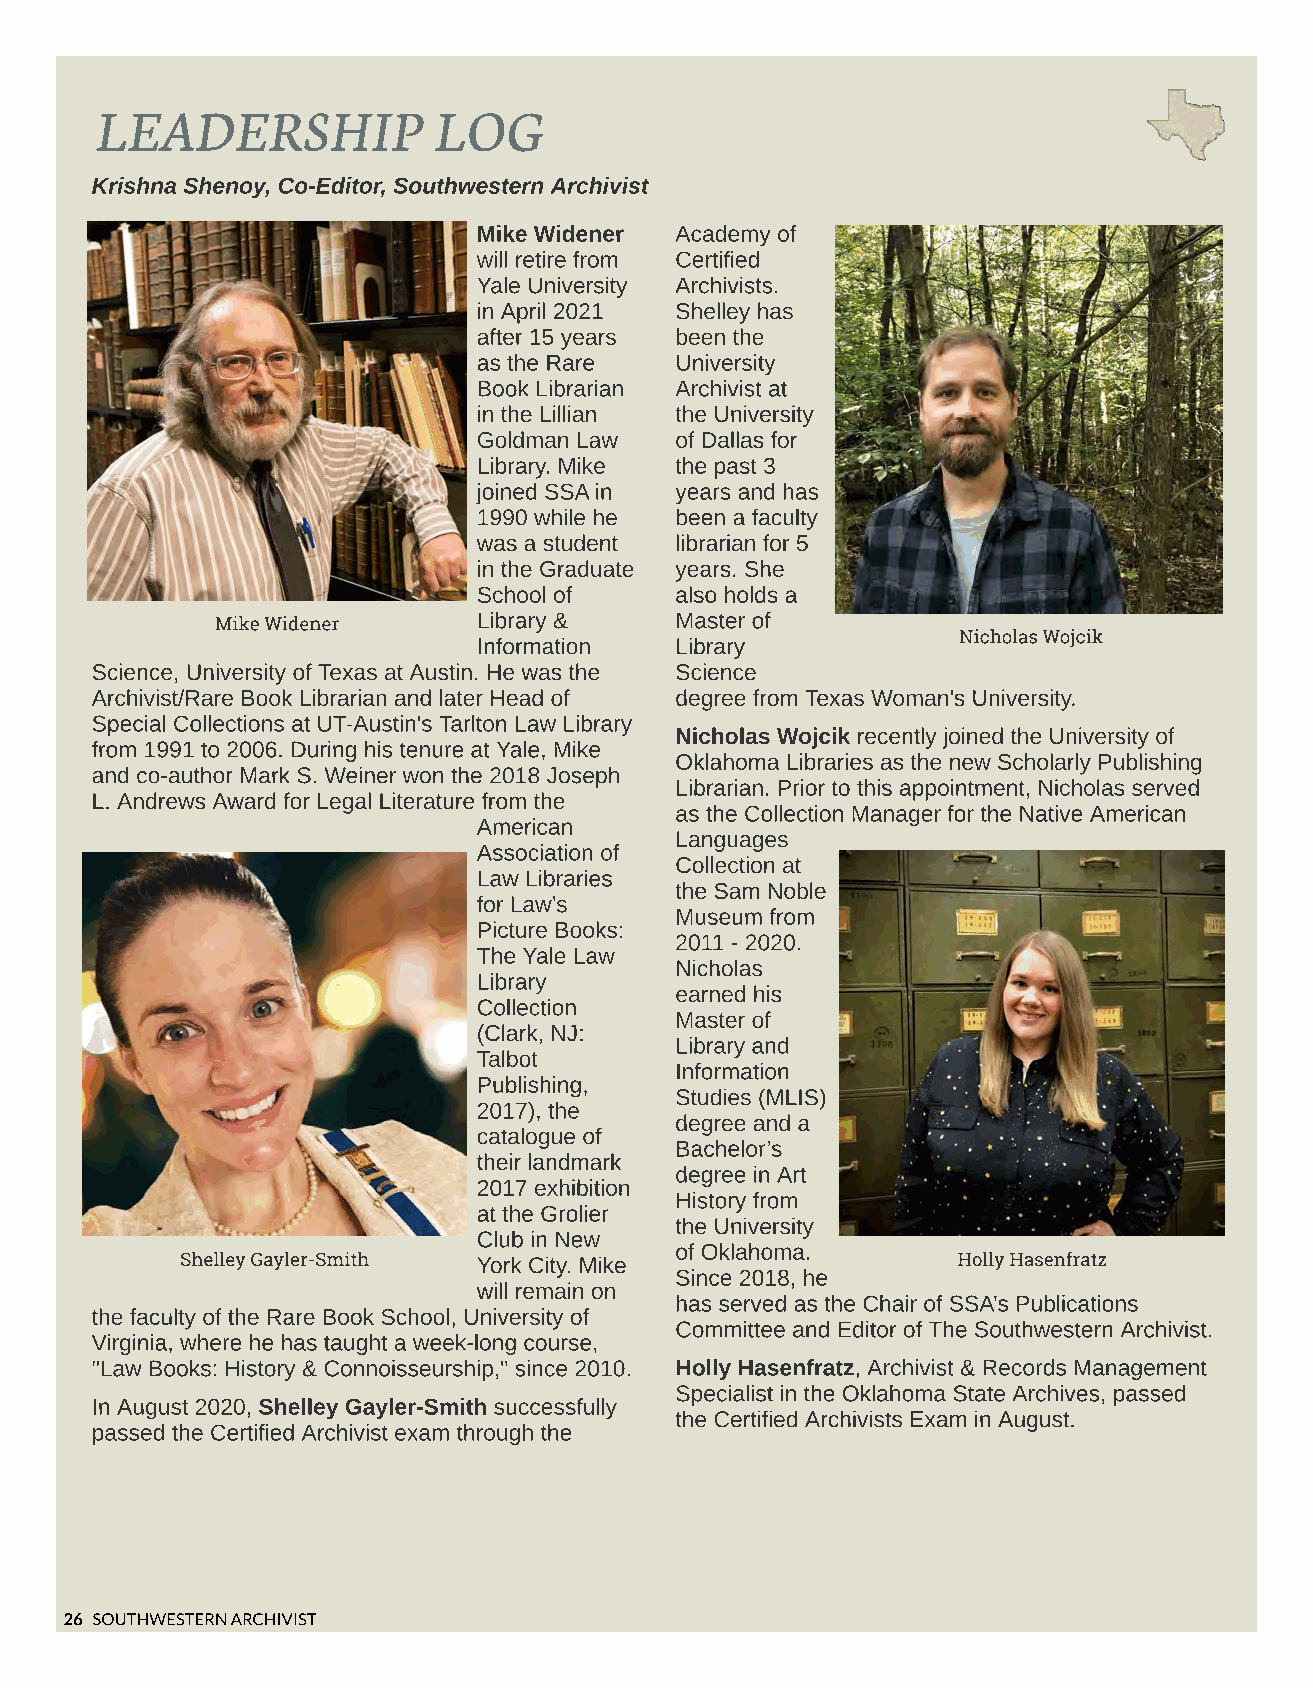
LEADERSHIP             LOG
 Krishna Shenoy, Co-Editor, Southwestern Archivist
 Mike Widener Academy of
 will retire from Certified
 Yale University Archivists.
 in April 2021 Shelley has
 after 15 years been the
 as the Rare  University
 Book Librarian Archivist at
 in the Lillian the University
 Goldman Law  of Dallas for
 Library. Mike the past 3
 joined SSA in years and has
 1990 while he been a faculty
 was a student librarian for 5
 in the Graduate years. She
 School of    also holds a
 Mike Widener      Library &    Master of
 Nicholas Wojcik
 Information  Library
 Science, University of Texas at Austin. He was the Science
 Archivist/Rare Book Librarian and later Head of degree from Texas Woman's University.
 Special Collections at UT-Austin's Tarlton Law Library
 Nicholas Wojcik recently joined the University of
 from 1991 to 2006. During his tenure at Yale, Mike
 Oklahoma Libraries as the new Scholarly Publishing
 and co-author Mark S. Weiner won the 2018 Joseph
 Librarian. Prior to this appointment, Nicholas served
 L. Andrews Award for Legal Literature from the
 as the Collection Manager for the Native American
 American
 Languages
 Association of
 Collection at
 Law Libraries
 the Sam Noble
 for Law?s
 Museum from
 Picture Books:
 2011 - 2020.
 The Yale Law
 Nicholas
 Library
 earned his
 Collection
 Master of
 (Clark, NJ:
 Library and
 Talbot
 Information
 Publishing,
 Studies (MLIS)
 2017), the
 degree and a
 catalogue of
 Bachelor?s
 their landmark
 degree in Art
 2017 exhibition
 History from
 at the Grolier
 the University
 Club in New
 of Oklahoma.
 Shelley Gayler-Smith York City. Mike               Holly Hasenfratz
 Since 2018, he
 will remain on
 has served as the Chair of SSA?s Publications
 the faculty of the Rare Book School, University of
 Committee and Editor of The Southwestern Archivist.
 Virginia, where he has taught a week-long course,
 "Law Books: History & Connoisseurship," since 2010. Holly Hasenfratz, Archivist & Records Management
 Specialist in the Oklahoma State Archives, passed
 In August 2020, Shelley Gayler-Smith successfully
 the Certified Archivists Exam in August.
 passed the Certified Archivist exam through the
 26 SOUTHWESTERN ARCHIVIST